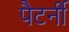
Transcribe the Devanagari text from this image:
पैटर्नी